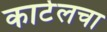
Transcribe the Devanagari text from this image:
कार्टेलचा